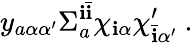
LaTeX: y_{a\alpha\alpha^{\prime}}\Sigma_{a}^{\mathbf{i}{\bar{{\mathbf{i}}}}}\chi_{\mathbf{i}\alpha}\chi_{{\bar{{\mathbf{i}}}}\alpha^{\prime}}^{\prime}~.